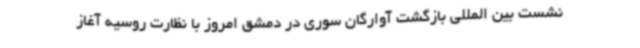
نشست بین المللی بازگشت آوارگان سوری در دمشق امروز با نظارت روسیه آغاز